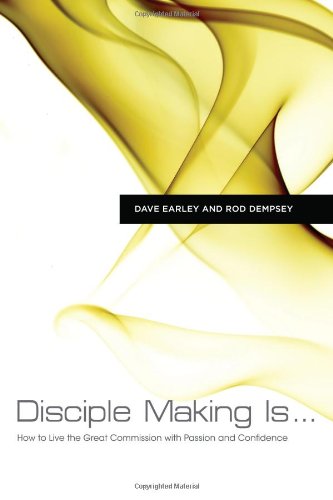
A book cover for Disciple Making Is . . .: How to Live the Great Commission with Passion and Confidence; Dave Earley; Christian Books & Bibles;